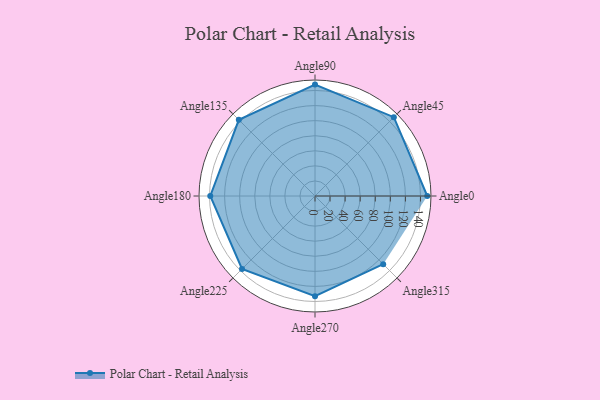
{"axis": {"x": "Angle", "y": "Radius"}, "legend": [""], "data": [{"x": "Angle0", "y": 149.0, "type": ""}, {"x": "Angle45", "y": 148.0, "type": ""}, {"x": "Angle90", "y": 148.0, "type": ""}, {"x": "Angle135", "y": 143.0, "type": ""}, {"x": "Angle180", "y": 139.0, "type": ""}, {"x": "Angle225", "y": 137.0, "type": ""}, {"x": "Angle270", "y": 133.0, "type": ""}, {"x": "Angle315", "y": 128.0, "type": ""}]}